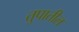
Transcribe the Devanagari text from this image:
तुपातील